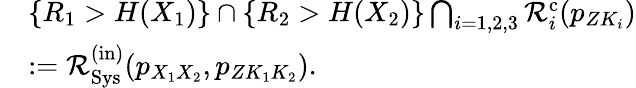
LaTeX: \begin{array}{rl}&{\{ R_{1}>H(X_{1})\} \cap\{ R_{2}>H(X_{2})\} \bigcap_{i=1,2,3}{\cal R}_{i}^{\mathrm{c}}(p_{ZK_{i}})}\\ &{:={\cal R}_{\mathrm{Sys}}^{\mathrm{(in)}}(p_{X_{1}X_{2}},{p_{ZK_{1}K_{2}}}).}\end{array}